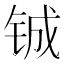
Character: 铖